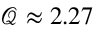
\mathcal { Q } \approx 2 . 2 7